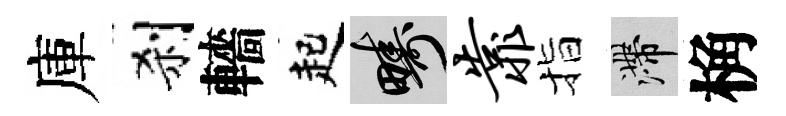
庫刹轖起疇靠指滯桷